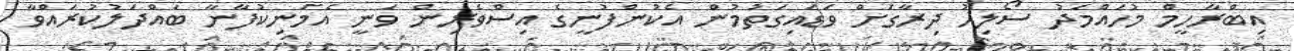
އިބްރާހީމް މުހައްމަދު ސޯލިހު ދިރާގަށް ވަޑައިގަތުމުން އެކުންފުނީގެ އިސްވެރިން ވަނީ އެމަނިކުފާނާ ބައްދަލުކުރައްވާ